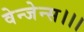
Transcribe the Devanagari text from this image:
वेन्जेन्स।।।